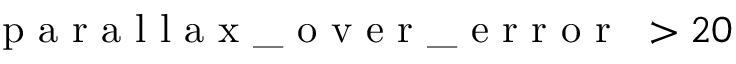
\mathrm { ~ \texttt ~ { ~ p ~ a ~ r ~ a ~ l ~ l ~ a ~ x ~ \_ ~ o ~ v ~ e ~ r ~ \_ ~ e ~ r ~ r ~ o ~ r ~ } ~ } > 2 0